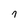
Character: 7